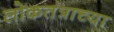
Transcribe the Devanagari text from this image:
लोकतंत्राच्या